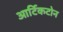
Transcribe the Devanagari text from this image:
आर्टिकटोन